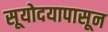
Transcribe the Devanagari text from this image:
सूयोदयापासून